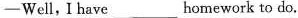
-Well, I have___homework to do.